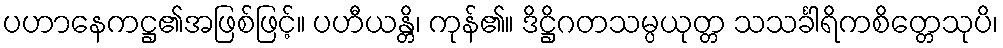
ပဟာနေကဋ္ဌ၏အဖြစ်ဖြင့်။ ပဟီယန္တိ၊ ကုန်၏။ ဒိဋ္ဌိဂတသမ္ပယုတ္တ သသင်္ခါရိကစိတ္တေသုပိ၊